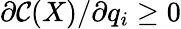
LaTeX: \partial{\cal C}(X)/\partial q_{i}\geq 0